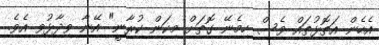
އެހެން އަތޮޅުތައް ވެސް ހިމެނޭ ގޮތަށް މިކަން ކުރާނީ" އޭނާ ވިދާޅުވި އެވެ.